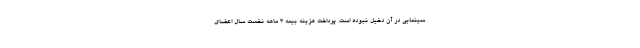
سینمایی در آن دخیل نبوده است. پرداخت هزینه بیمه ۳ ماهه نخست سال اعضای